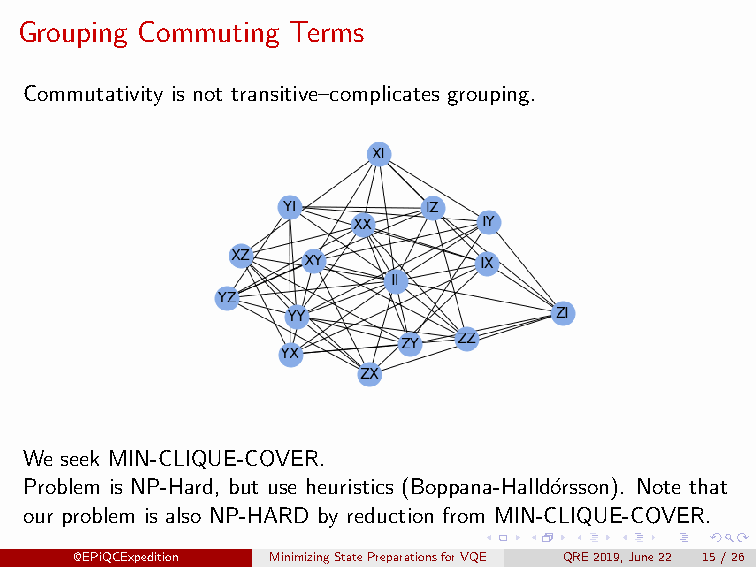
Grouping Commuting Terms
 Commutativity is not transitive–complicates grouping.
 We seek MIN-CLIQUE-COVER.
 Problem is NP-Hard, but use heuristics (Boppana-Halld´orsson). Note that
 our problem is also NP-HARD by reduction from MIN-CLIQUE-COVER.
 @EPiQCExpedition MinimizingStatePreparationsforVQE QRE2019,June22 15/26